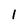
Character: l